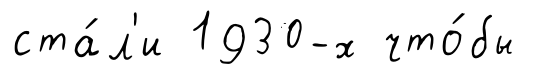
ста́л'и 1930-х что́бы